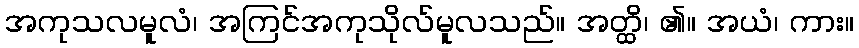
အကုသလမူလံ၊ အကြင်အကုသိုလ်မူလသည်။ အတ္ထိ၊ ၏။ အယံ၊ ကား။